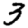
Digit: 3